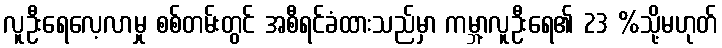
လူဦးရေလေ့လာမှု စစ်တမ်းတွင် အစီရင်ခံထားသည်မှာ ကမ္ဘာ့လူဦးရေ၏ 23 %သို့မဟုတ်